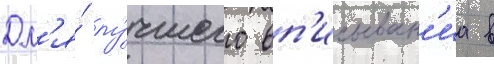
Дл'я́ лу́чшего вп'исыван'иа в